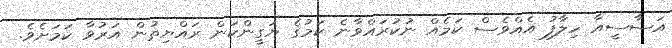
އަސާސީއާ ހިލާފު އެއްވެސް ކަމެއް ނުކުރައްވާނެ ކަމުގެ ޔަގީންކަން ރައްޔިތުން އަރުވާ ކަމަށެވެ.